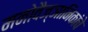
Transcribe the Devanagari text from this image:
मनोवैज्ञानिकांचे